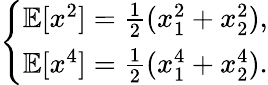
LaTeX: \left\{ \begin{array}{ll}{\mathbb{E}[x^{2}]=\frac{1}{2}(x_{1}^{2}+x_{2}^{2}),}\\ {\mathbb{E}[x^{4}]=\frac{1}{2}(x_{1}^{4}+x_{2}^{4}).}\end{array}\right.